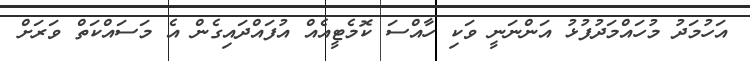
އަހުމަދު މުހައްމަދުފުޅު އަންނަނީ ވަކި ހާއްސަ ކޮމެޓީއެއް އުފައްދައިގެން އެ މަސައްކަތް ވަރަށް